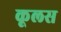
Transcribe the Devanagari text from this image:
कूलस